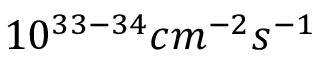
1 0 ^ { 3 3 - 3 4 } c m ^ { - 2 } s ^ { - 1 }